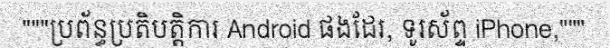
"""ប្រព័ន្ធប្រតិបត្តិការ Android ផងដែរ, ទូរស័ព្ទ iPhone,"""